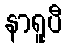
နာရူပီ